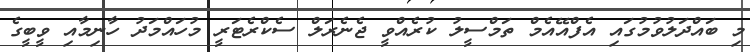
މި ބައްދަލުވުމުގައި އެފްއޭއެމް ތަމްސީލު ކުރެއްވީ ޖެނެރަލް ސެކްރެޓަރީ މުހައްމަދު ހާނިމާއި ވީބީގެ